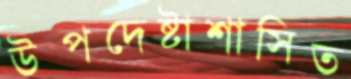
উপদেষ্টাশাসিত